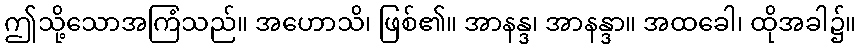
ဤသို့သောအကြံသည်။ အဟောသိ၊ ဖြစ်၏။ အာနန္ဒ၊ အာနန္ဒာ။ အထခေါ၊ ထိုအခါ၌။